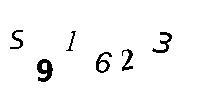
S91623